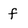
Character: f